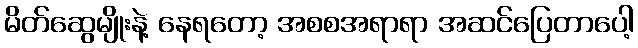
မိတ်ဆွေမျိုးနဲ့ နေရတော့ အစစအရာရာ အဆင်ပြေတာပေါ့